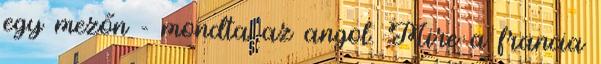
egy mezőn - mondta az angol. Mire a francia